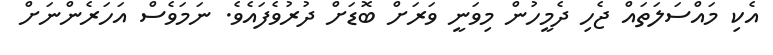
އެކި މައްސަލަތައް ޖެހި ދެމީހުން މިވަނީ ވަރަށް ބޮޑަށް ދުރުވެފައެވެ. ނަމަވެސް އަހަރެންނަށް